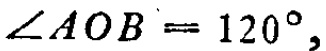
$\angle AOB = 120^{\circ}$